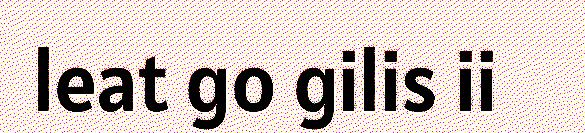
leat go gilis ii